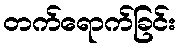
တက်ရောက်ခြင်း